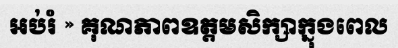
អប់រំ » គុណភាពឧត្តមសិក្សាក្នុងពេល